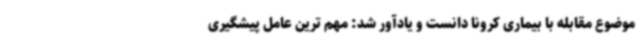
موضوع مقابله با بیماری کرونا دانست و یادآور شد: مهم ترین عامل پیشگیری